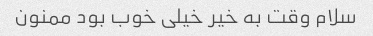
سلام وقت به خیر خیلی خوب بود ممنون